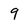
Character: 9